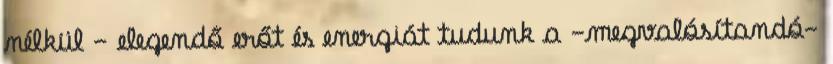
nélkül - elegendő erőt és energiát tudunk a -megvalósítandó-